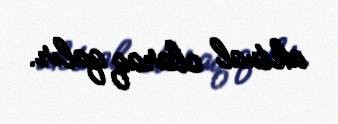
aktual olaraq qalır.